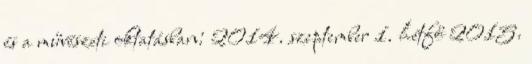
és a művészeti oktatásban: 2014. szeptember 1. hétfő 2015.